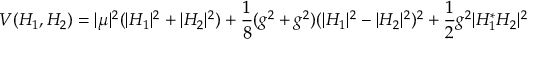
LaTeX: V ( H _ { 1 } , H _ { 2 } ) = | \mu | ^ { 2 } ( | H _ { 1 } | ^ { 2 } + | H _ { 2 } | ^ { 2 } ) + \frac { 1 } { 8 } ( g ^ { 2 } + g ^ { 2 } ) ( | H _ { 1 } | ^ { 2 } - | H _ { 2 } | ^ { 2 } ) ^ { 2 } + \frac { 1 } { 2 } g ^ { 2 } | H _ { 1 } ^ { * } H _ { 2 } | ^ { 2 }